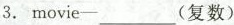
3. movie-___(复数)